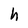
Character: h